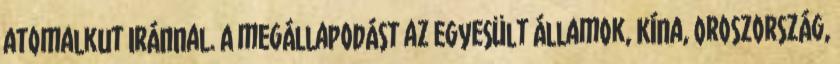
atomalkut Iránnal. A megállapodást az Egyesült Államok, Kína, Oroszország,